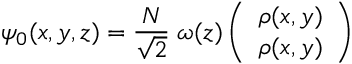
\psi _ { 0 } ( x , y , z ) = \frac { N } { \sqrt { 2 } } \; \omega ( z ) \left( \begin{array} { c c } { { \rho ( x , y ) } } \\ { { \rho ( x , y ) } } \end{array} \right)